Annual statistical returns and brief notes on vaccination in Bengal - 1909-1929
Year: 1909
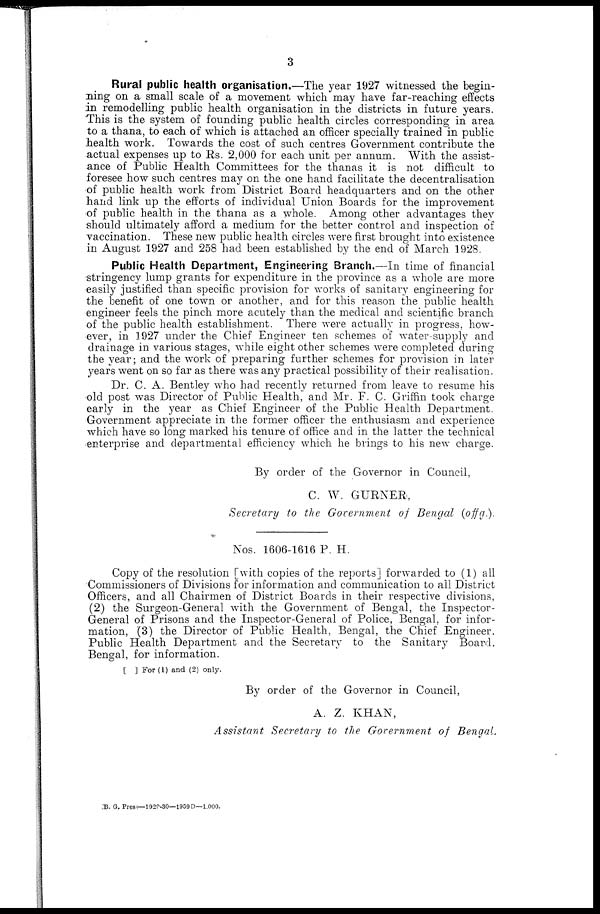
3
Rural public health organisation.—The year 1927 witnessed the begin-
ning on a small scale of a movement which may have far-reaching effects
in remodelling public health organisation in the districts in future years.
This is the system of founding public health circles corresponding in area
to a thana, to each of which is attached an officer specially trained in public
health work. Towards the cost of such centres Government contribute the
actual expenses up to Rs. 2,000 for each unit per annum. With the assist-
ance of Public Health Committees for the thanas it is not difficult to
foresee how such centres may on the one hand facilitate the decentralisation
of public health work from District Board headquarters and on the other
hand link up the efforts of individual Union Boards for the improvement
of public health in the thana as a whole. Among other advantages they
should ultimately afford a medium for the better control and inspection of
vaccination. These new public health circles were first brought into existence
in August 1927 and 258 had been established by the end of March 1928.
Public Health Department, Engineering Branch.—In time of financial
stringency lump grants for expenditure in the province as a whole are more
easily justified than specific provision for works of sanitary engineering for
the benefit of one town or another, and for this reason the public health
engineer feels the pinch more acutely than the medical and scientific branch
of the public health establishment. There were actually in progress, how-
ever, in 1927 under the Chief Engineer ten schemes of water-supply and
drainage in various stages, while eight other schemes were completed during
the year; and the work of preparing further schemes for provision in later
years went on so far as there was any practical possibility of their realisation.
Dr. C. A. Bentley who had recently returned from leave to resume his
old post was Director of Public Health, and Mr. F. C. Griffin took charge
early in the year as Chief Engineer of the Public Health Department.
Government appreciate in the former officer the enthusiasm and experience
which have so long marked his tenure of office and in the latter the technical
enterprise and departmental efficiency which he brings to his new charge.
By order of the Governor in Council,
C. W. GURNER,
Secretary to the Government of Bengal (offg).
Nos. 1606-1616 P. H.
Copy of the resolution [with copies of the reports] forwarded to (1) all
Commissioners of Divisions for information and communication to all District
Officers, and all Chairmen of District Boards in their respective divisions,
(2) the Surgeon-General with the Government of Bengal, the Inspector-
General of Prisons and the Inspector-General of Police, Bengal, for infor-
mation, (3) the Director of Public Health, Bengal, the Chief Engineer.
Public Health Department and the Secretary to the Sanitary Board.
Bengal, for information.
[ ] For (1) and (2) only.
By order of the Governor in Council,
A. Z. KHAN,
Assistant Secretary to the Government of Bengal.
B. G. Press—1929-30—1959 D—1,000.